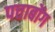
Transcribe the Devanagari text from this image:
पत्ताबोंग